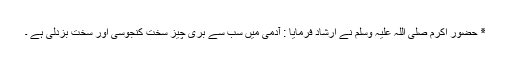
٭ حضور اکرم صلی اللہ علیہ وسلم نے ارشاد فرمایا : آدمی میں سب سے بری چیز سخت کنجوسی اور سخت بزدلی ہے ۔